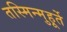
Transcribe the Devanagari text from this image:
तस्मिन्मुहूर्ते